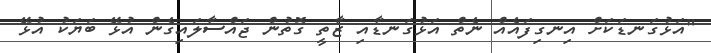
"އަޅުގަނޑަކަށް އިނގިފައެއް ނެތް އަޅުގަނޑާއި ޒާތީ ގޮތުން ޖައްސާލައިގެން އުޅޭ ބަޔަކު އުޅޭ